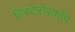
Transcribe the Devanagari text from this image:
हिस्टेरोस्कोप